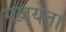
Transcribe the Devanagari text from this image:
गज़्येता